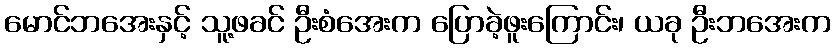
မောင်ဘအေးနှင့် သူ့ဖခင် ဦးစံအေးက ပြောခဲ့ဖူးကြောင်း၊ ယခု ဦးဘအေးက